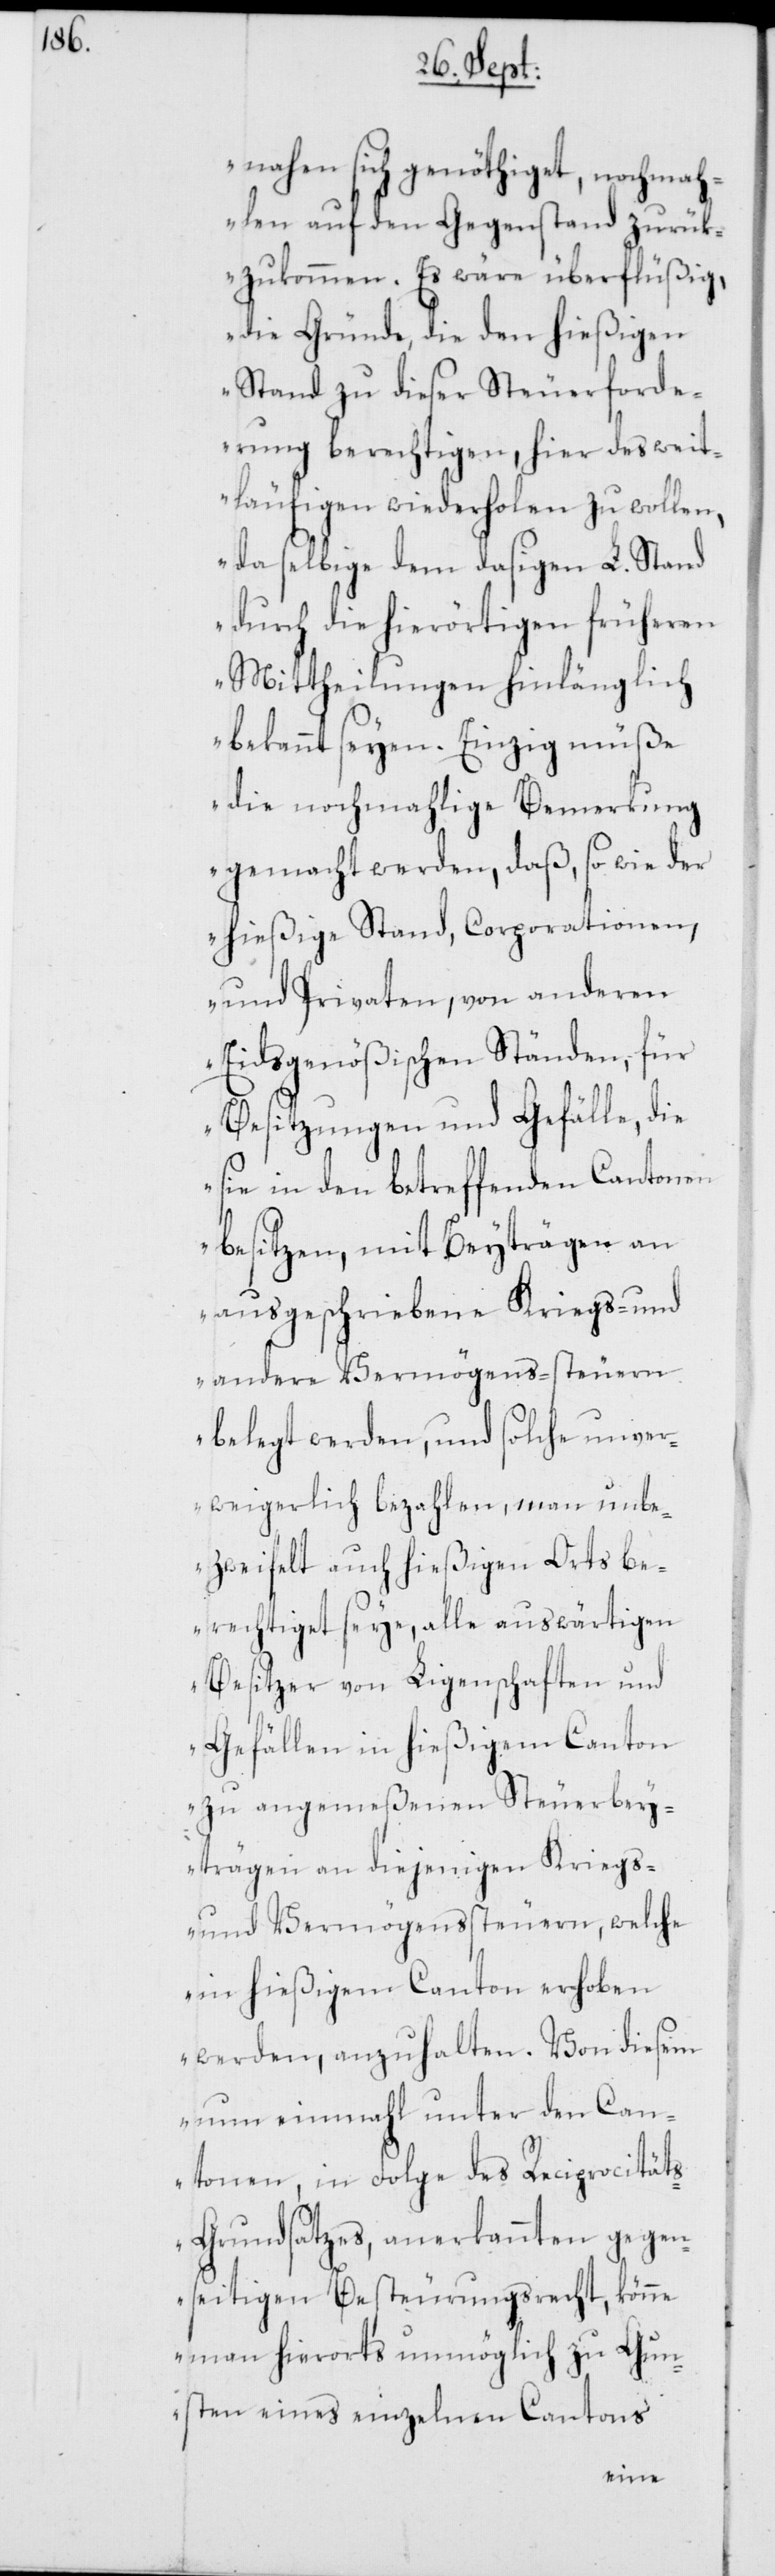
nahen sich genöthiget, nochmah¬
len auf den Gegenstand zurük¬
zukommen. Es wäre überflüßig,
die Gründe, die den hießigen
Stand zu dieser Steuerforde¬
rung berechtigen, hier des weit¬
läufigen wiederholen zu wollen,
da selbige dem dasigen L. Stand
durch die hierörtigen früheren
Mittheilungen hinlänglich
bekannt seyen. Einzig müße
die nochmahlige Bemerkung
gemacht werden, daß, so wie der
hießige Stand, Corporationen,
und Privaten, von anderen
Eydsgenößischen Ständen, für
Besitzungen und Gefälle, die
sie in den betreffenden Cantonen
besitzen, mit Beyträgen an
ausgeschriebene Kriegs- und
andere Vermögens-steuern
belegt werden, und solche unver¬
weigerlich bezahlen, man unbe¬
zweifelt auch hießigen Orts be¬
rechtiget seye, alle auswärtigen
Besitzer von Ligenschaften und
Gefällen in hießigem Canton
zu angemeßenen Steuerbey¬
trägen an diejenigen Kriegs-
und Vermögenssteuern, welche
in hießigem Canton erhoben
werden, anzuhalten. Von diesem
nun einmahl unter den Can¬
tonen, in Folge des Reciprocität¬
s-Grundsatzes, anerkannten gegen¬
seitigen Besteurungsrecht, könne
man hierorts unmöglich zu Gun¬
sten eines einzelnen Cantons